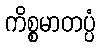
ကိစ္စမာတပ္ပံ